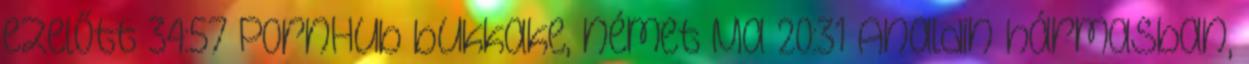
ezelőtt 34:57 PornHub bukkake, német Ma 20:31 Analdin hármasban,